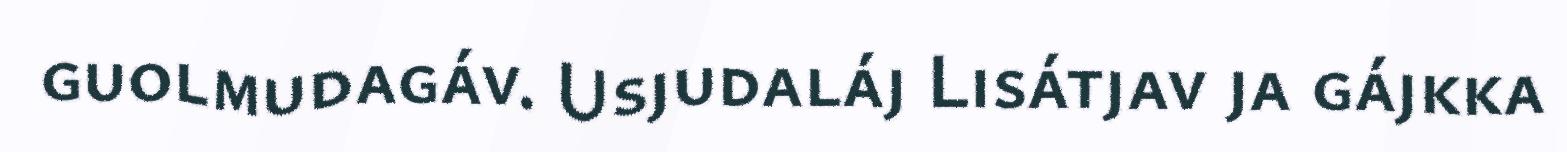
guolmudagáv. Usjudaláj Lisátjav ja gájkka